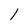
Character: 1